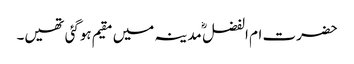
حضرت ام الفضل ؓ مدینہ میں مقیم ہوگئی تھیں۔